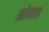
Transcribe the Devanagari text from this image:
झोल॥